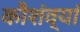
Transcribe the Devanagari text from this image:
कौशंव्यां